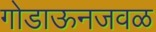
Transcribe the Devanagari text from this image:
गोडाऊनजवळ